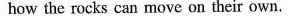
how the rocks can move on their own.